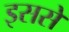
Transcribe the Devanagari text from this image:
इससेे